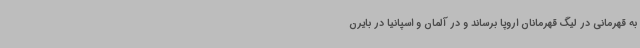
به قهرمانی در لیگ قهرمانان اروپا برساند و در آلمان و اسپانیا در بایرن